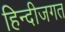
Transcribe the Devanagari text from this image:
हिन्दीजगत